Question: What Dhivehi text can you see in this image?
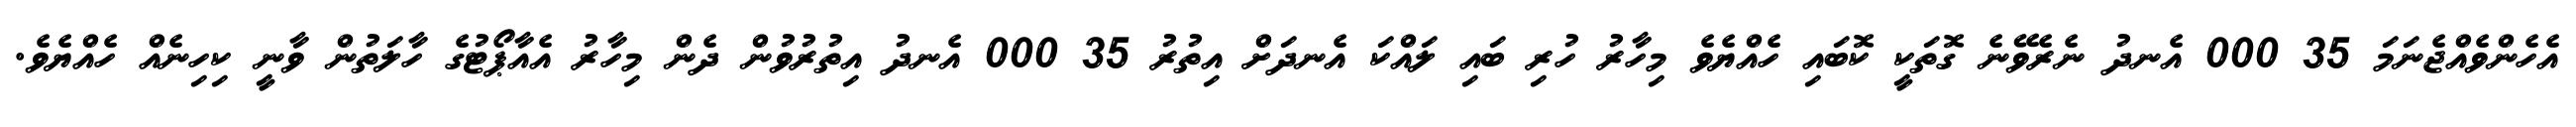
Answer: އެހެންވެއްޖެނަމަ 35 000 އެނދު ނެރެވޭނެ ގޮތަކީ ކޮބައި ހެއްޔެވެ މިހާރު ހުރި ބައި ލައްކަ އެނދަށް އިތުރު 35 000 އެނދު އިތުރުވުން ދެން މިހާރު އެއާޕޯޓުގެ ހާލަތުން ވާނީ ކިހިނެއް ހެއްޔެވެ.